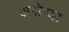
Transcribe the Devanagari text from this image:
अगोण्डा